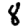
Digit: 8